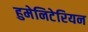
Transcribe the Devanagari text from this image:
हुमेनिटेरियन